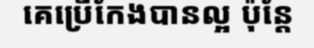
គេប្រើកែងបានល្អ ប៉ុន្តែ